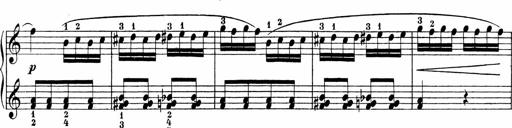
Title: 3 Sonatinas
Composer: Carl Reinecke